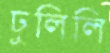
ঢুলিলি